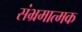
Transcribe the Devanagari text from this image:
संभ्रमात्मक